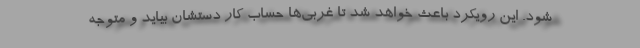
شود. این رویکرد باعث خواهد شد تا غربی‌ها حساب کار دستشان بیاید و متوجه